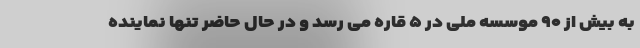
به بیش از ۹۰ موسسه ملی در ۵ قاره می رسد و در حال حاضر تنها نماینده